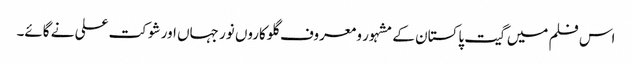
اس فلم میں گیت پاکستان کے مشہور و معروف گلوکاروں نور جہاں اور شوکت علی نے گائے۔